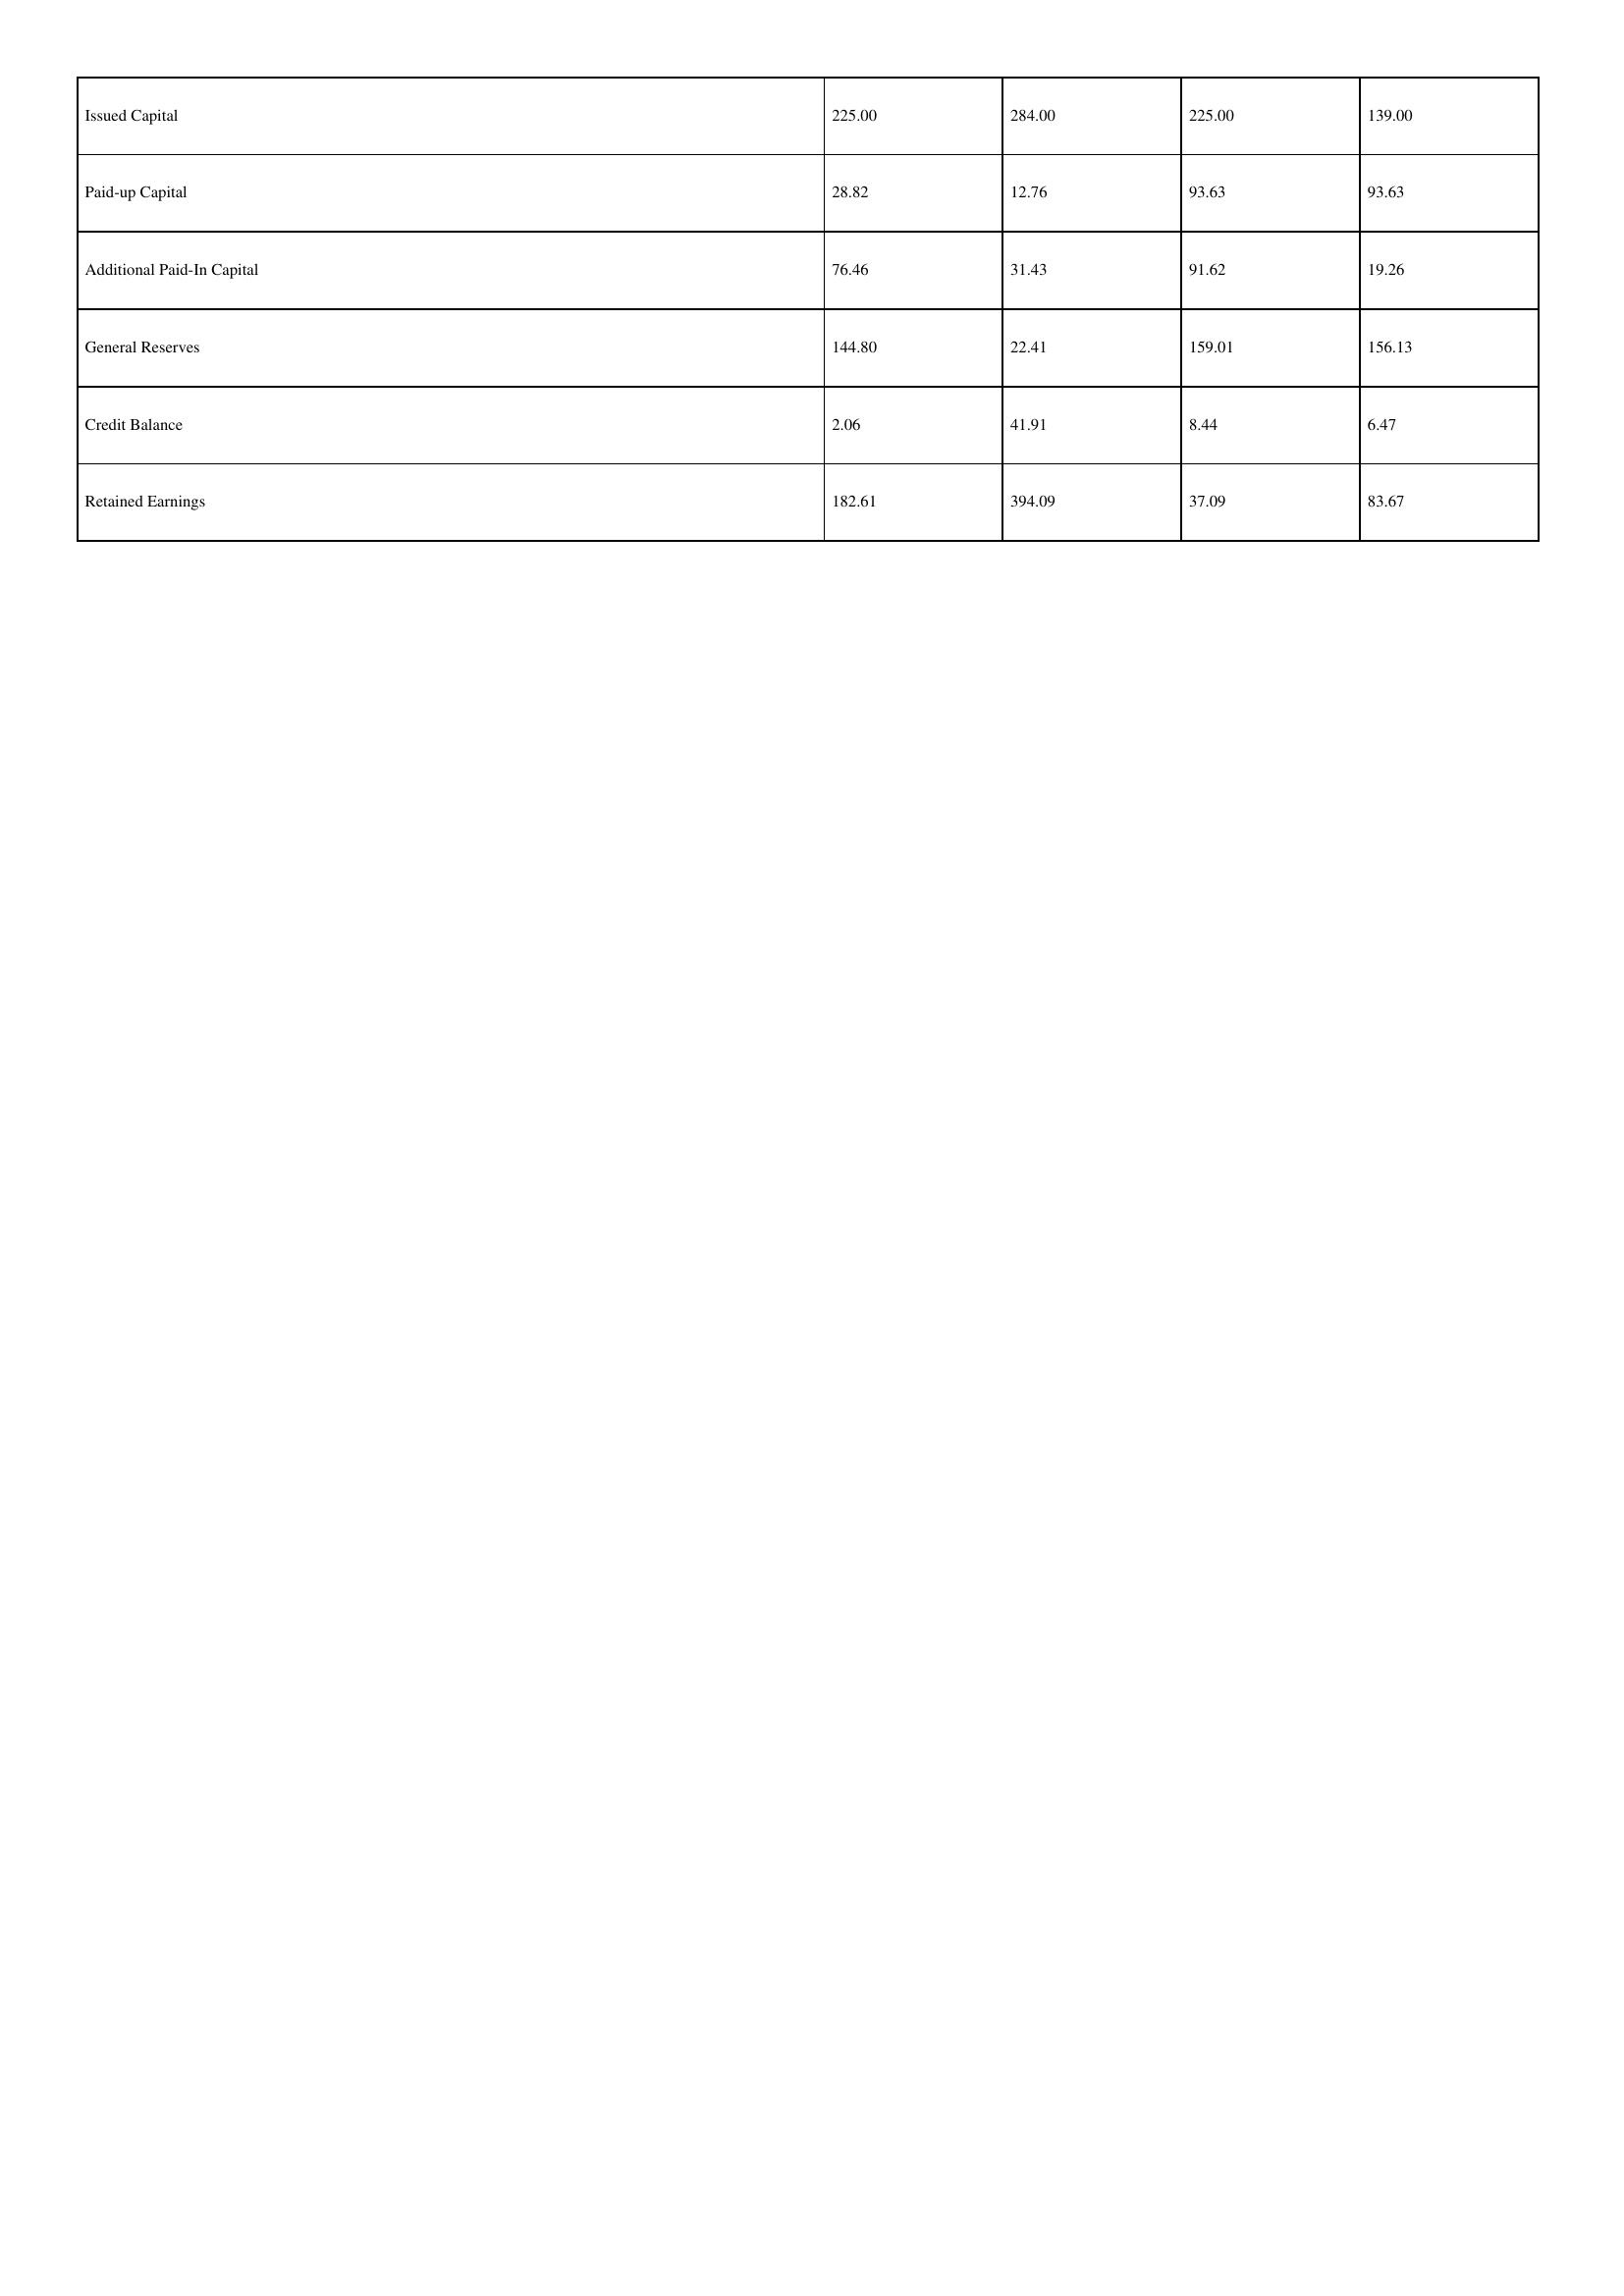
gt_parse: 2019: Issued Capital: 225.00
Paid-up Capital: 28.82
Additional Paid-In Capital: 76.46
General Reserves: 144.80
Credit Balance: 2.06
Retained Earnings: 182.61
2018: Issued Capital: 284.00
Paid-up Capital: 12.76
Additional Paid-In Capital: 31.43
General Reserves: 22.41
Credit Balance: 41.91
Retained Earnings: 394.09
2017: Issued Capital: 225.00
Paid-up Capital: 93.63
Additional Paid-In Capital: 91.62
General Reserves: 159.01
Credit Balance: 8.44
Retained Earnings: 37.09
2016: Issued Capital: 139.00
Paid-up Capital: 93.63
Additional Paid-In Capital: 19.26
General Reserves: 156.13
Credit Balance: 6.47
Retained Earnings: 83.67